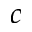
c